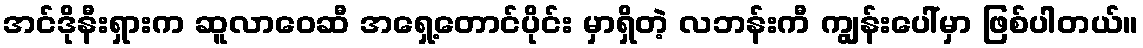
အင်ဒိုနီးရှားက ဆူလာဝေဆီ အရှေ့တောင်ပိုင်း မှာရှိတဲ့ လဘန်းကီ ကျွန်းပေါ်မှာ ဖြစ်ပါတယ်။